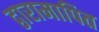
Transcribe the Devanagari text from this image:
द्वारामापित